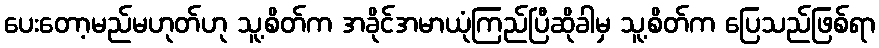
ပေးတော့မည်မဟုတ်ဟု သူ့စိတ်က အခိုင်အမာယုံကြည်ပြီဆိုခါမှ သူ့စိတ်က ပြေသည်ဖြစ်ရာ